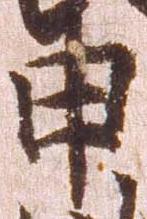
申